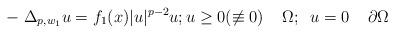
LaTeX: \begin{align*}-\;\Delta_{p,w_{1}}u=f_1(x)|u|^{p-2}u;u\geq 0(\not\equiv 0)\;\;\;\;\Omega;\;\; u=0\;\;\;\;\partial\Omega\end{align*}